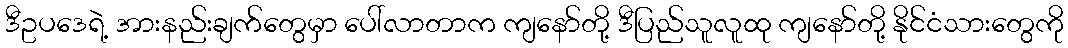
ဒီဥပဒေရဲ့ အားနည်းချက်တွေမှာ ပေါ်လာတာက ကျနော်တို့ ဒီပြည်သူလူထု ကျနော်တို့ နိုင်ငံသားတွေကို